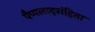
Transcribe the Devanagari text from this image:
पैप्पलादसंहिता